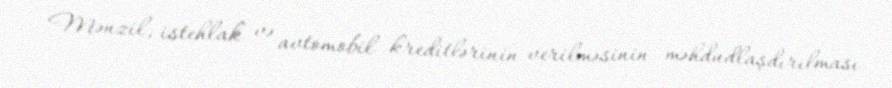
Mənzil, istehlak və avtomobil kreditlərinin verilməsinin məhdudlaşdırılması